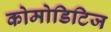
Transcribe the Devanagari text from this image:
कोमोडिटिज